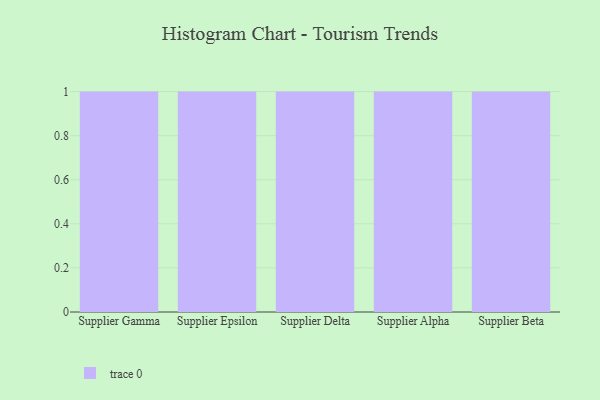
{"axis": {"x": "Supplier", "y": "Headcount"}, "legend": [""], "data": [{"x": "Supplier Gamma", "y": 78, "type": ""}, {"x": "Supplier Epsilon", "y": 20, "type": ""}, {"x": "Supplier Delta", "y": 46, "type": ""}, {"x": "Supplier Alpha", "y": 89, "type": ""}, {"x": "Supplier Beta", "y": 74, "type": ""}]}